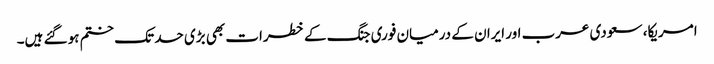
امریکا، سعودی عرب اور ایران کے درمیان فوری جنگ کے خطرات بھی بڑی حد تک ختم ہو گئے ہیں۔